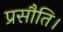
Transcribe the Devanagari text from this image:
प्रसौति।